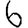
Digit: 6